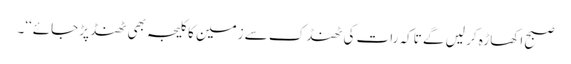
صبح اکھاڑہ کر لیں گے تاکہ رات کی ٹھنڈک سے زمین کا کلیجہ بھی ٹھنڈ پڑ جائے‘‘۔